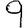
Digit: 9